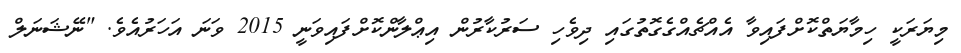
މިޔަރަކީ ހިމާޔަތްކޮށްފައިވާ އެއްޗެއްގެގޮތުގައި ދިވެހި ސަރުކާރުން އިޢްލާންކޮށްފައިވަނީ 2015 ވަނަ އަހަރުއެވެ. "ނޭޝަނަލް